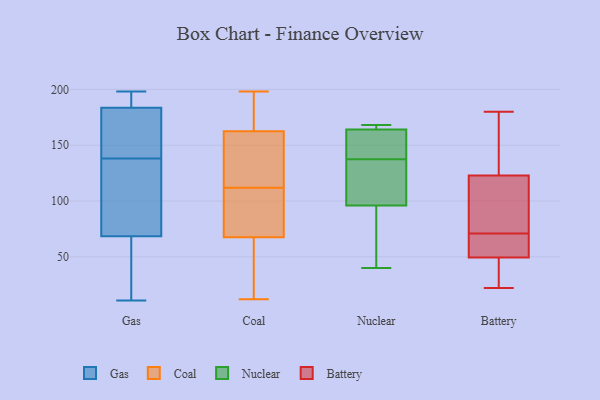
{"axis": {"x": "Active Users", "y": "Value"}, "legend": ["Battery", "Coal", "Gas", "Nuclear"], "data": [{"x": "", "y": 190, "type": "Gas"}, {"x": "", "y": 137, "type": "Gas"}, {"x": "", "y": 11, "type": "Gas"}, {"x": "", "y": 74, "type": "Gas"}, {"x": "", "y": 63, "type": "Gas"}, {"x": "", "y": 43, "type": "Gas"}, {"x": "", "y": 178, "type": "Gas"}, {"x": "", "y": 189, "type": "Gas"}, {"x": "", "y": 114, "type": "Gas"}, {"x": "", "y": 139, "type": "Gas"}, {"x": "", "y": 141, "type": "Gas"}, {"x": "", "y": 198, "type": "Gas"}, {"x": "", "y": 92, "type": "Coal"}, {"x": "", "y": 198, "type": "Coal"}, {"x": "", "y": 72, "type": "Coal"}, {"x": "", "y": 12, "type": "Coal"}, {"x": "", "y": 54, "type": "Coal"}, {"x": "", "y": 176, "type": "Coal"}, {"x": "", "y": 173, "type": "Coal"}, {"x": "", "y": 147, "type": "Coal"}, {"x": "", "y": 159, "type": "Coal"}, {"x": "", "y": 50, "type": "Coal"}, {"x": "", "y": 91, "type": "Coal"}, {"x": "", "y": 118, "type": "Coal"}, {"x": "", "y": 112, "type": "Coal"}, {"x": "", "y": 166, "type": "Nuclear"}, {"x": "", "y": 62, "type": "Nuclear"}, {"x": "", "y": 167, "type": "Nuclear"}, {"x": "", "y": 116, "type": "Nuclear"}, {"x": "", "y": 85, "type": "Nuclear"}, {"x": "", "y": 107, "type": "Nuclear"}, {"x": "", "y": 149, "type": "Nuclear"}, {"x": "", "y": 40, "type": "Nuclear"}, {"x": "", "y": 120, "type": "Nuclear"}, {"x": "", "y": 168, "type": "Nuclear"}, {"x": "", "y": 126, "type": "Nuclear"}, {"x": "", "y": 166, "type": "Nuclear"}, {"x": "", "y": 153, "type": "Nuclear"}, {"x": "", "y": 80, "type": "Nuclear"}, {"x": "", "y": 162, "type": "Nuclear"}, {"x": "", "y": 150, "type": "Nuclear"}, {"x": "", "y": 71, "type": "Battery"}, {"x": "", "y": 22, "type": "Battery"}, {"x": "", "y": 170, "type": "Battery"}, {"x": "", "y": 124, "type": "Battery"}, {"x": "", "y": 51, "type": "Battery"}, {"x": "", "y": 69, "type": "Battery"}, {"x": "", "y": 49, "type": "Battery"}, {"x": "", "y": 180, "type": "Battery"}, {"x": "", "y": 56, "type": "Battery"}, {"x": "", "y": 87, "type": "Battery"}, {"x": "", "y": 143, "type": "Battery"}, {"x": "", "y": 119, "type": "Battery"}, {"x": "", "y": 44, "type": "Battery"}, {"x": "", "y": 113, "type": "Battery"}, {"x": "", "y": 38, "type": "Battery"}]}